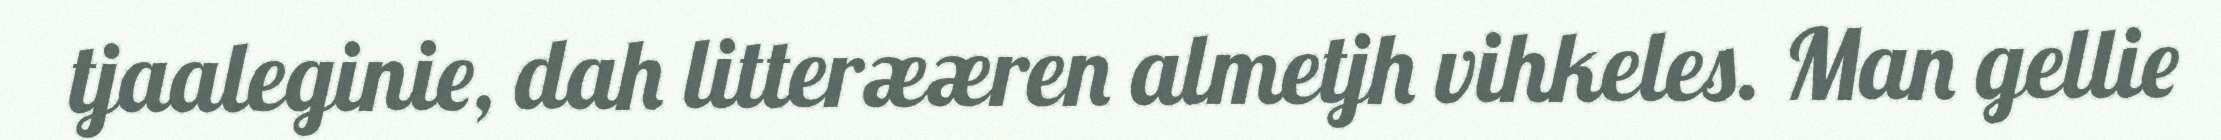
tjaaleginie, dah litterææren almetjh vihkeles. Man gellie